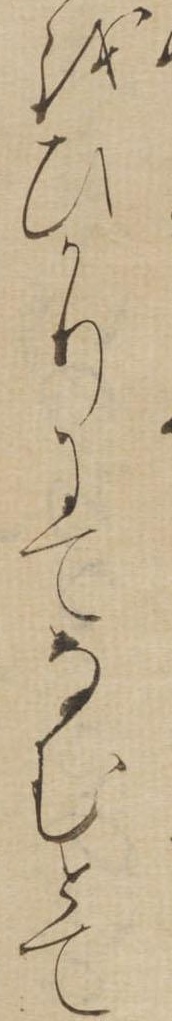
をひかりにてなむとて